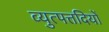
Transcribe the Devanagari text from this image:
व्युत्पत्तदियों